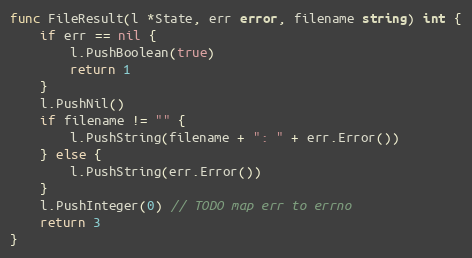
Language: Go
func FileResult(l *State, err error, filename string) int {
	if err == nil {
		l.PushBoolean(true)
		return 1
	}
	l.PushNil()
	if filename != "" {
		l.PushString(filename + ": " + err.Error())
	} else {
		l.PushString(err.Error())
	}
	l.PushInteger(0) // TODO map err to errno
	return 3
}